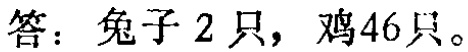
答：兔子 2 只，鸡46只。